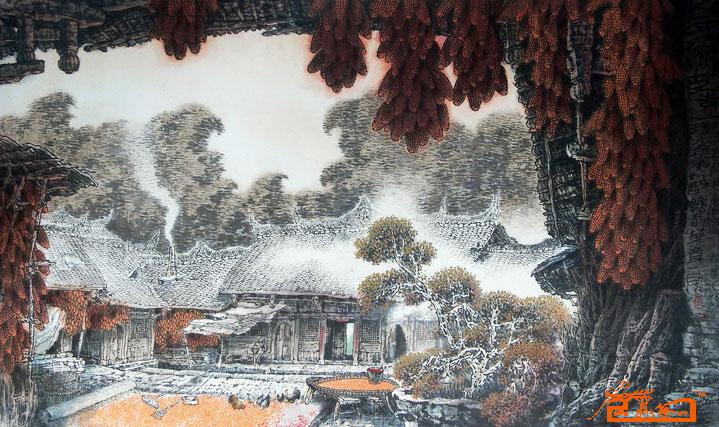
过尽征鸿来尽燕，故园消息茫然。